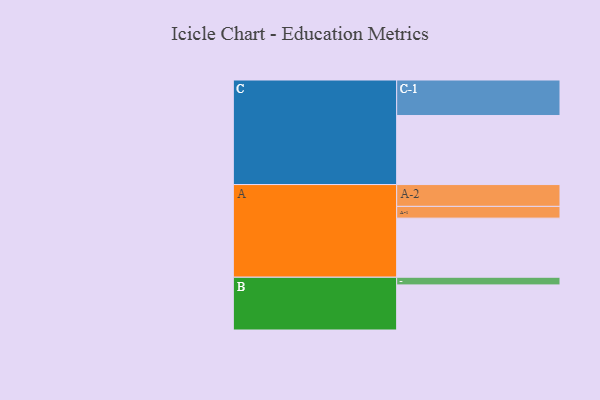
{"axis": {"x": "Segment", "y": "Value"}, "legend": ["", "A", "B", "C"], "data": [{"x": "A", "y": 493, "type": ""}, {"x": "B", "y": 376, "type": ""}, {"x": "C", "y": 576, "type": ""}, {"x": "A-1", "y": 98, "type": "A"}, {"x": "A-2", "y": 182, "type": "A"}, {"x": "B-1", "y": 64, "type": "B"}, {"x": "C-1", "y": 296, "type": "C"}]}